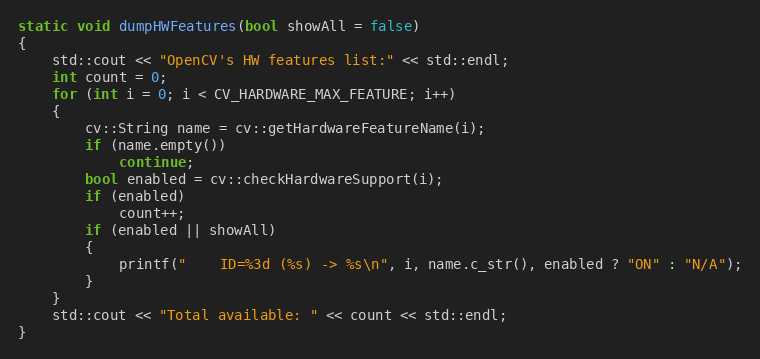
Language: C++
static void dumpHWFeatures(bool showAll = false)
{
    std::cout << "OpenCV's HW features list:" << std::endl;
    int count = 0;
    for (int i = 0; i < CV_HARDWARE_MAX_FEATURE; i++)
    {
        cv::String name = cv::getHardwareFeatureName(i);
        if (name.empty())
            continue;
        bool enabled = cv::checkHardwareSupport(i);
        if (enabled)
            count++;
        if (enabled || showAll)
        {
            printf("    ID=%3d (%s) -> %s\n", i, name.c_str(), enabled ? "ON" : "N/A");
        }
    }
    std::cout << "Total available: " << count << std::endl;
}